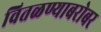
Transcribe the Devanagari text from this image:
वितळण्याबरोबर